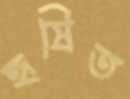
হৃষিত